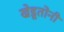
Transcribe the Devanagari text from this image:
खेडूतोनी